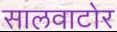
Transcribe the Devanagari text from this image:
सालवाटोर